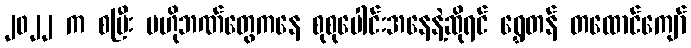
၂၀၂၂ က စပြီး ဗဟိုဘဏ်တွေကနေ စုစုပေါင်းအနေနဲ့ဆိုရင် ရွှေတန် တထောင်ကျော်